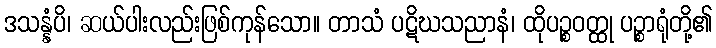
ဒသန္နံပိ၊ ဆယ်ပါးလည်းဖြစ်ကုန်သော။ တာသံ ပဋိဃသညာနံ၊ ထိုပဉ္စဝတ္ထု ပဉ္စာရုံတို့၏